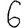
Digit: 6